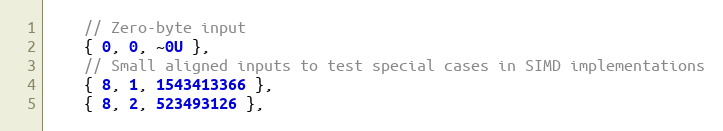
Language: C++
    // Zero-byte input
    { 0, 0, ~0U },
    // Small aligned inputs to test special cases in SIMD implementations
    { 8, 1, 1543413366 },
    { 8, 2, 523493126 },